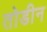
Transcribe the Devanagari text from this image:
तोडीन